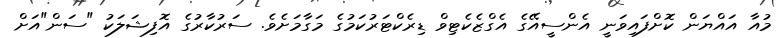
މުއާ އައްޔަން ކޮށްފައިވަނީ އެންސީއޭގެ އެގްޒެކެޓިވް ޑިރެކްޓަރުކަމުގެ މަގާމަށެވެ. ސަރުކާރުގެ އޮފިޝަލަކު "ސަން"އަށް